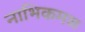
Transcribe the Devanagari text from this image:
नाभिकमळ